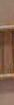
.